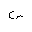
Letter: _sin